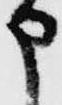
申